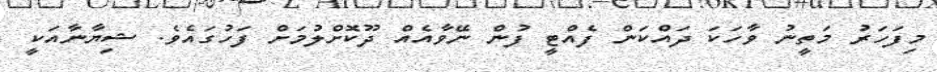
މިފަހަރު މަތީނު ވާހަކަ ދައްކަން ފެއްޓީ ފުން ނޭވާއެއް ދޫކޮށްލުމަށް ފަހުގައެވެ. ޝިޔާނާއަކީ